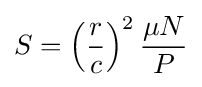
S=\left({\frac {r}{c}}\right)^{2}{\frac {\mu N}{P}}